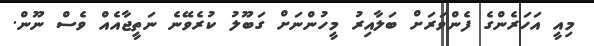
މިއީ އަހަރެންގެ ފެންވަރަށް ބަލާއިރު މީހުންނަށް ގަބޫލު ކުރެވޭނެ ނަތީޖާއެއް ވެސް ނޫން.